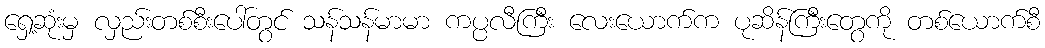
ရှေ့ဆုံးမှ လှည်းတစ်စီးပေါ်တွင် သန်သန်မာမာ ကပ္ပလီကြီး လေးယောက်က ပုဆိန်ကြီးတွေကို တစ်ယောက်စီ